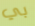
بي